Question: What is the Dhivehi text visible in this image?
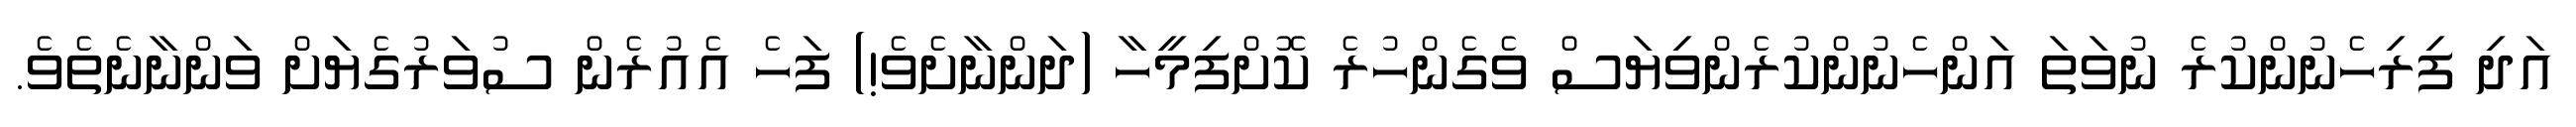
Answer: އަދި ފިރިހެނުންކުރެ ނުވަތަ އަންހެނުންކުރެންވިޔަސް ވެގެންހުރެ ކޮށްފިމީހާ (ދަންނާށެވެ!) ފަހެ އެއުރެން ސުވަރުގެޔަށް ވަންނާނެތެވެ.